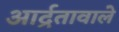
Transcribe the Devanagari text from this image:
आर्द्रतावाले